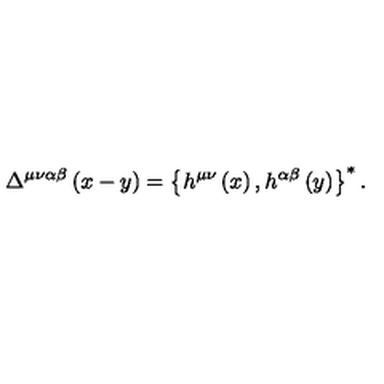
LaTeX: \Delta ^ { \mu \nu \alpha \beta } \left( x - y \right) = \left\{ h ^ { \mu \nu } \left( x \right) , h ^ { \alpha \beta } \left( y \right) \right\} ^ { * } .